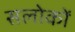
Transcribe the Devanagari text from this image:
सलोकों